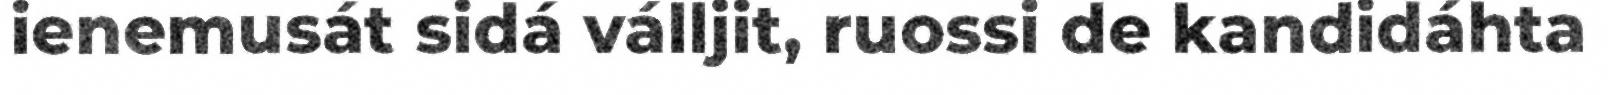
ienemusát sidá válljit, ruossi de kandidáhta